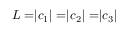
L = \rvert \boldsymbol c _ { 1 } \rvert = \rvert \boldsymbol c _ { 2 } \rvert = \rvert \boldsymbol c _ { 3 } \rvert